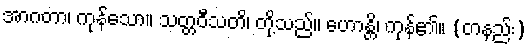
အာဂတာ၊ ကုန်သော။ သတ္တဝီသတိ၊ တို့သည်။ ဟောန္တိ၊ ကုန်၏။ (တနည်း)